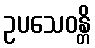
ဥပသေဝန္တိ